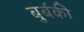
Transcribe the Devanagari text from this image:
बुर्बकी